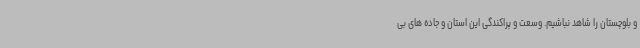
و بلوچستان را شاهد نباشیم. وسعت و پراکندگی این استان و جاده های بی